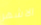
الاشهر